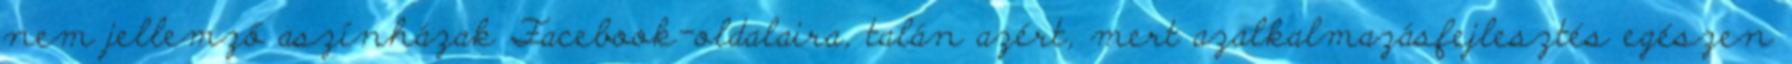
nem jellemző aszínházak Facebook-oldalaira, talán azért, mert azalkalmazásfejlesztés egészen